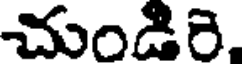
చుండిరి.